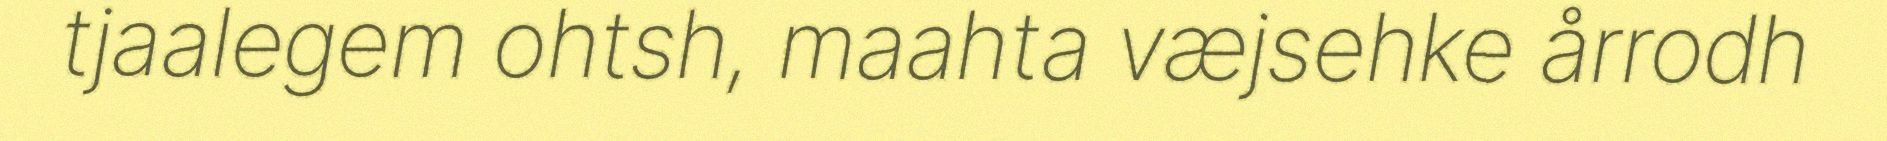
tjaalegem ohtsh, maahta væjsehke årrodh